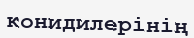
конидилерінің